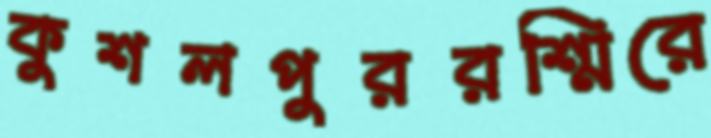
কুশলপুররশ্মিরে